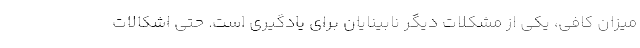
میزان کافی، یکی از مشکلات دیگر نابینایان برای یادگیری است. حتی اشکالات